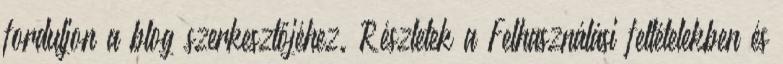
forduljon a blog szerkesztőjéhez. Részletek a Felhasználási feltételekben és